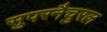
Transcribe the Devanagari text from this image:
सुपरनैचुरल